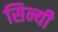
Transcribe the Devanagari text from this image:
सिन्यी